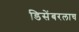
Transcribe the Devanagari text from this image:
डिसेंबरलाच